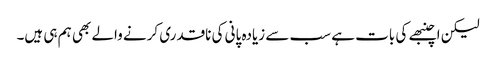
لیکن اچنبھے کی بات ہے سب سے زیادہ پانی کی ناقدری کرنے والے بھی ہم ہی ہیں۔